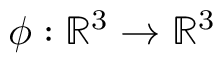
\phi : \mathbb { R } ^ { 3 } \to \mathbb { R } ^ { 3 }